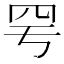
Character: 𦉿